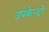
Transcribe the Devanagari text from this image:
उपकेन्द्रों